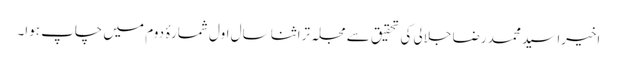
اخیرا سید محمد رضا جلالی کی تحقیق سے مجلہ تراثنا سال اول شمارۂ دوم میں چاپ ہوا۔